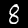
Digit: 8